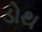
ડોથ